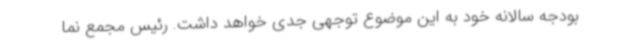
بودجه سالانه خود به این موضوع توجهی جدی خواهد داشت. رئیس مجمع نما